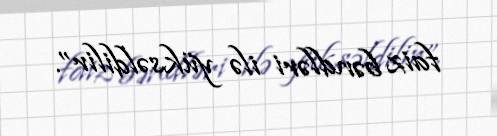
faiz bəndləri ilə yüksəldilir”.